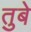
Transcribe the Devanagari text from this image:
तुबे